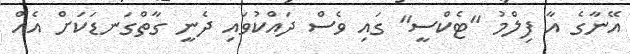
އޭނާގެ އާ ފިލްމު "ޓެކްސީ" ގައި ވެސް ދައްކުވައި ދެނީ ގާތްގަނޑަކަށް އެއް